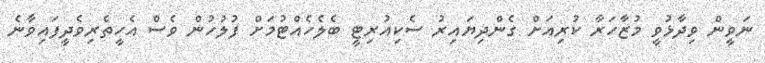
ނަވީން ވިދާޅުވީ މުޒާހަރާާ ކުރިއަށް ގެންދިޔައިރު ސެކިއުރިޓީ ބެލެހެއްޓުމަށް ފުލުހުން ވެސް އެހީތެރިވެދީފައިވާނެ